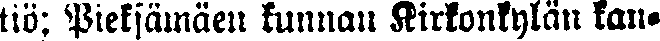
tiö; Pieksämäen kunnan Kirkonkylän kan-